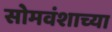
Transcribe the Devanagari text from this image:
सोमवंशाच्या